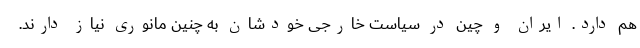
هم دارد. ایران و چین در سیاست خارجی خودشان به چنین مانوری نیاز دارند.